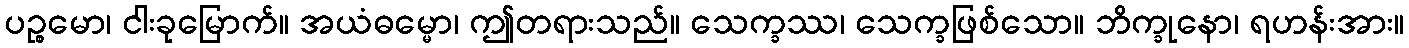
ပဉ္စမော၊ ငါးခုမြောက်။ အယံဓမ္မော၊ ဤတရားသည်။ သေက္ခဿ၊ သေက္ခဖြစ်သော။ ဘိက္ခုနော၊ ရဟန်းအား။